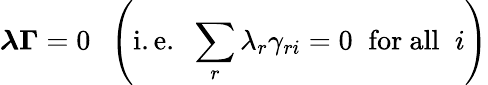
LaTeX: {\boldsymbol{\lambda\Gamma}}=0\; \; \left({\mathrm{i.e.}}\; \; \sum_{r}\lambda_{r}\gamma_{ri}=0\; \; {\mathrm{for~all}}\; \; i\right)